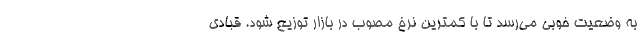
به وضعیت خوبی می‌رسد تا با کمترین نرخ مصوب در بازار توزیع شود. قبادی